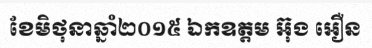
ខែមិថុនាឆ្នាំ២០១៥ ឯកឧត្តម អ៊ុង អឿន